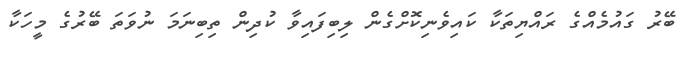
ބޭރު ގައުމެއްގެ ރައްޔިތަކާ ކައިވެނިކޮށްގެން ލިބިފައިވާ ކުދިން ތިބިނަމަ ނުވަތަ ބޭރުގެ މީހަކާ